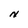
Character: N